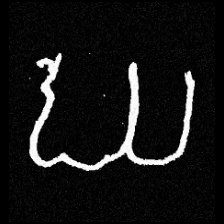
Pyu character \u2014 Myanmar letter: ဃ (romanized: gha)